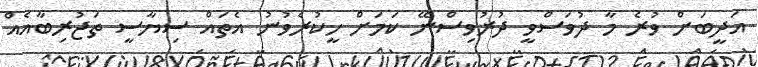
އަދީބަށް ވުރެ މާ ދުވަސްވީ ދުރުވިސްނޭ ކަމަށް ހީކުރެވުނު އެތައް ސިޔާސީ ތަޖުރިބާއެއް